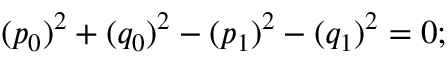
( p _ { 0 } ) ^ { 2 } + ( q _ { 0 } ) ^ { 2 } - ( p _ { 1 } ) ^ { 2 } - ( q _ { 1 } ) ^ { 2 } = 0 ;